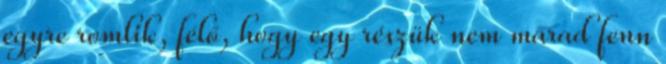
egyre romlik, félő, hogy egy részük nem marad fenn